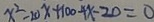
x ^ { 2 } - 2 0 x + 1 0 0 - 4 x - 2 0 = 0